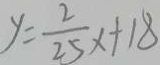
y = \frac { 2 } { 2 5 } x + 1 8